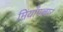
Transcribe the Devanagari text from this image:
मियाँपल्लार